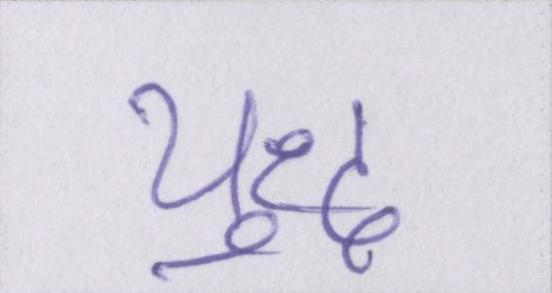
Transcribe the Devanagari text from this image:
युध्द